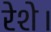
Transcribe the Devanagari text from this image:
रेशे।